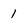
Character: 1